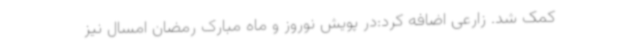
کمک شد. زارعی اضافه کرد:در پویش نوروز و ماه مبارک رمضان امسال نیز